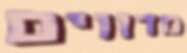
מדווים